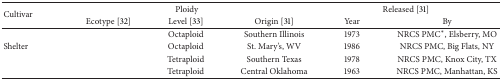
<table><thead><tr><td rowspan="2"><b>Cultivar</b></td><td colspan="3"><b>Ploidy</b></td><td colspan="2"><b>Released [31]</b></td></tr><tr><td><b>Ecotype [32]</b></td><td><b>Level [33]</b></td><td><b>Origin [31]</b></td><td><b>Year</b></td><td><b>By</b></td></tr></thead><tbody><tr><td>[EMPTY_CELL]</td><td>[EMPTY_CELL]</td><td>Octaploid</td><td>Southern Illinois</td><td>1973</td><td>NRCS PMC∗, Elsberry, MO</td></tr><tr><td>Shelter</td><td>[EMPTY_CELL]</td><td>Octaploid</td><td>St. Mary's, WV</td><td>1986</td><td>NRCS PMC, Big Flats, NY</td></tr><tr><td>[EMPTY_CELL]</td><td>[EMPTY_CELL]</td><td>Tetraploid</td><td>Southern Texas</td><td>1978</td><td>NRCS PMC, Knox City, TX</td></tr><tr><td>[EMPTY_CELL]</td><td>[EMPTY_CELL]</td><td>Tetraploid</td><td>Central Oklahoma</td><td>1963</td><td>NRCS PMC, Manhattan, KS</td></tr></tbody></table>